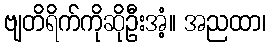
ဗျတိရိက်ကိုဆိုဦးအံ့။ အညထာ၊